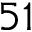
5 1